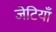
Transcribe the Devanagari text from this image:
जेटियाँ